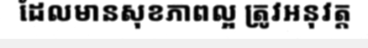
ដែលមានសុខភាពល្អ ត្រូវអនុវត្ត